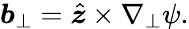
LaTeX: \boldsymbol{b}_{\perp}=\hat{\boldsymbol{z}}\times\nabla_{\perp}\psi.